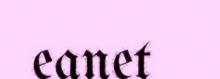
eanet